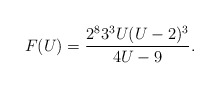
\begin{align*}F(U) = \frac{2^83^3U(U-2)^3}{4U-9}.\end{align*}